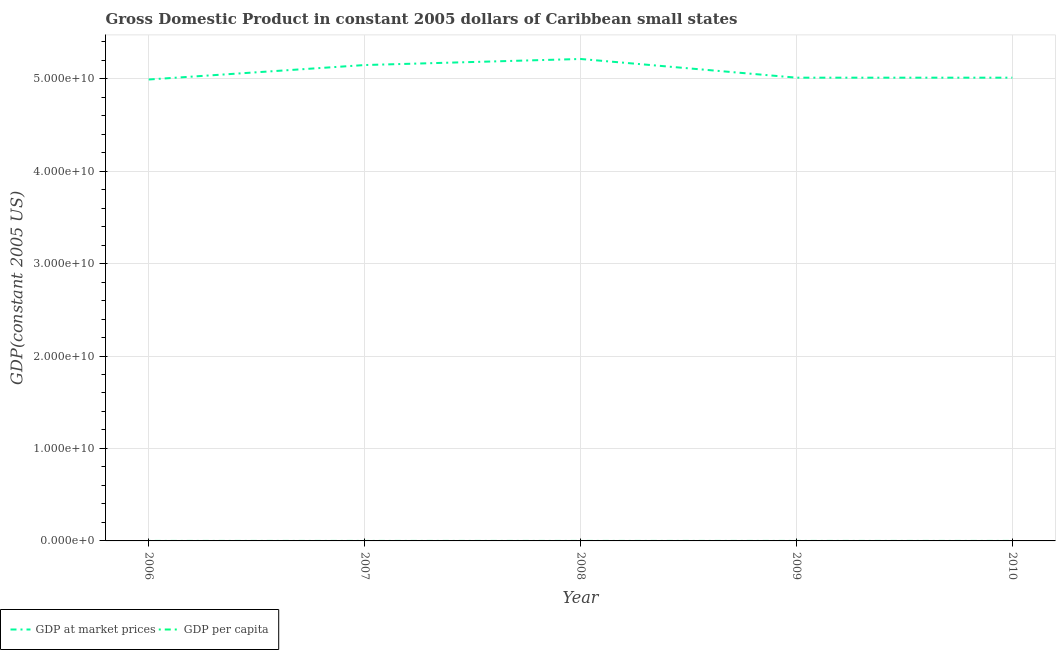
| Year | GDP at market prices | GDP per capita |
 | --- | --- | --- |
 | 2006 | 4.99e+10 | 7.47e+03 |
 | 2007 | 5.15e+10 | 7.66e+03 |
 | 2008 | 5.21e+10 | 7.7e+03 |
 | 2009 | 5.01e+10 | 7.36e+03 |
 | 2010 | 5.01e+10 | 7.31e+03 |